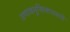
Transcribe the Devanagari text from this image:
तणावमुक्तिशास्त्राचे